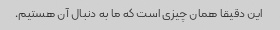
این دقیقا همان چیزی است که ما به دنبال آن هستیم.